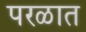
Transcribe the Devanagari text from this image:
परळात